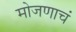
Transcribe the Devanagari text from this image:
मोजणाचं